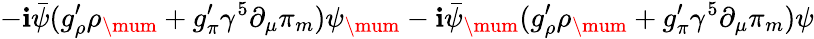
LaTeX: -\mathbf{i}\bar{{\psi}}(g_{\rho}^{\prime}\rho_{\mum}+g_{\pi}^{\prime}{\gamma^{5}}\partial_{\mu}\pi_{m})\psi_{\mum}-\mathbf{i}\bar{{\psi}}_{\mum}(g_{\rho}^{\prime}\rho_{\mum}+g_{\pi}^{\prime}{\gamma^{5}}\partial_{\mu}\pi_{m})\psi